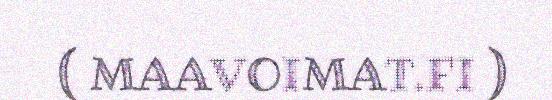
( MAAVOIMAT.FI )